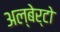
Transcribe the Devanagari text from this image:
अल्बेर्टो